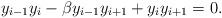
\begin{align*} y_{i-1} y_i - \beta y_{i-1} y_{i+1} + y_i y_{i+1} = 0. \end{align*}